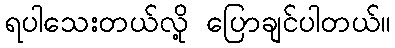
ရပါသေးတယ်လို့ ပြောချင်ပါတယ်။